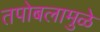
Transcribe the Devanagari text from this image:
तपोबलामुळे